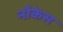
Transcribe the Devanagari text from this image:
नौकेस